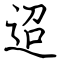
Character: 迢